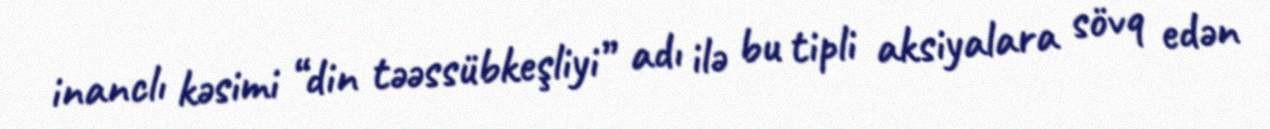
inanclı kəsimi “din təəssübkeşliyi” adı ilə bu tipli aksiyalara sövq edən